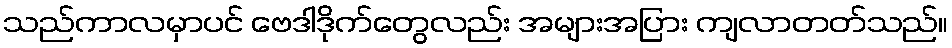
သည်ကာလမှာပင် ဗေဒါဒိုက်တွေလည်း အများအပြား ကျလာတတ်သည်။